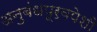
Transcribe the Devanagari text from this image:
अनुबंधपूर्वपेशी